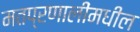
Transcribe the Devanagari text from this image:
मतप्रणालींमधील